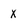
Character: X